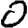
Digit: 0